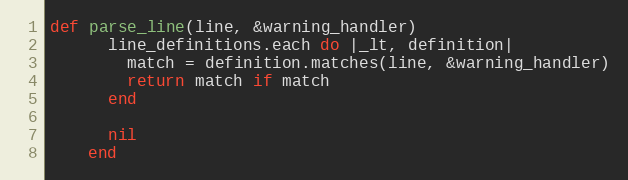
Language: Ruby
def parse_line(line, &warning_handler)
      line_definitions.each do |_lt, definition|
        match = definition.matches(line, &warning_handler)
        return match if match
      end

      nil
    end